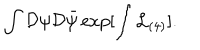
LaTeX: \int { \cal D } \psi { \cal D } \bar { \psi } \exp [ \int { \cal L } _ { ( 4 ) } ] .